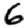
Digit: 6